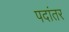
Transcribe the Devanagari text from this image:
पदांतर